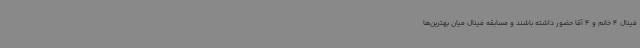
فینال 4 خانم و 4 آقا حضور داشته باشند و مسابقه فینال میان بهترین‌ها